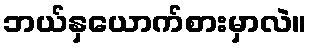
ဘယ်နှယောက်စားမှာလဲ။